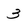
Character: 3